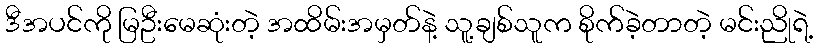
ဒီအပင်ကို မြဦးမေဆုံးတဲ့ အထိမ်းအမှတ်နဲ့ သူ့ချစ်သူက စိုက်ခဲ့တာတဲ့ မင်းညိုရဲ့